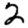
Digit: 2